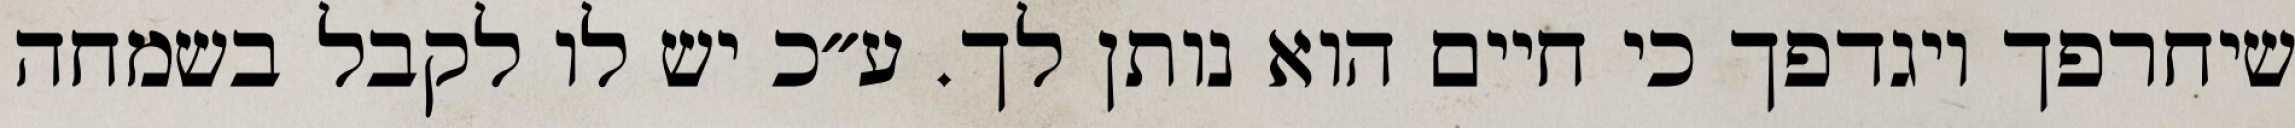
שיחרפך ויגדפך כי חיים הוא נותן לך. ע״כ יש לו לקבל בשמחה